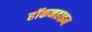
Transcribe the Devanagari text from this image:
हॉकनहाइम